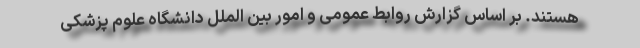
هستند. بر اساس گزارش روابط‌ عمومی و امور بین ‌الملل دانشگاه علوم پزشکی